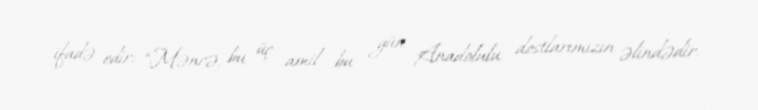
ifadə edir: “Məncə, bu üç amil bu gün Anadolulu dostlarımızın əlindədir.